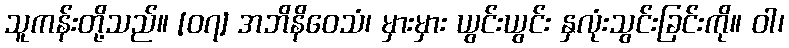
သူကန်းတို့သည်။ [၀၇] အဘိနိဝေသံ၊ မှားမှား ယွင်းယွင်း နှလုံးသွင်းခြင်းကို။ ဝါ၊